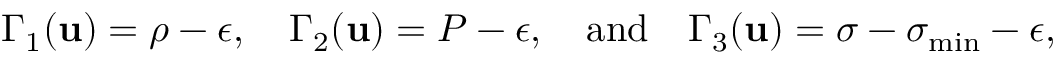
\Gamma _ { 1 } ( \mathbf { u } ) = \rho - \epsilon , \quad \Gamma _ { 2 } ( \mathbf { u } ) = P - \epsilon , \quad \mathrm { a n d } \quad \Gamma _ { 3 } ( \mathbf { u } ) = \sigma - \sigma _ { \operatorname* { m i n } } - \epsilon ,